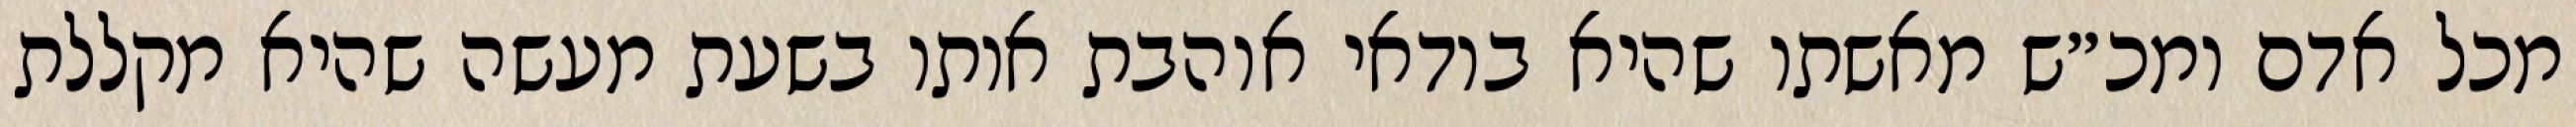
מכל אדם ומכ״ש מאשתו שהיא בודאי אוהבת אותו בשעת מעשה שהיא מקללת